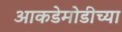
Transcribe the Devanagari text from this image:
आकडेमोडीच्या